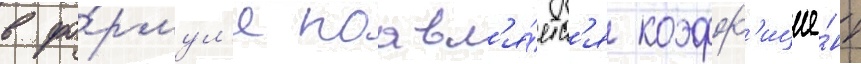
в фо́рмул'е поавл'я́етс'я коэфф'ицие́нт